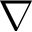
\nabla